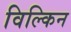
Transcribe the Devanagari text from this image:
विल्किन